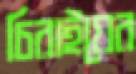
চিরাইয়ের